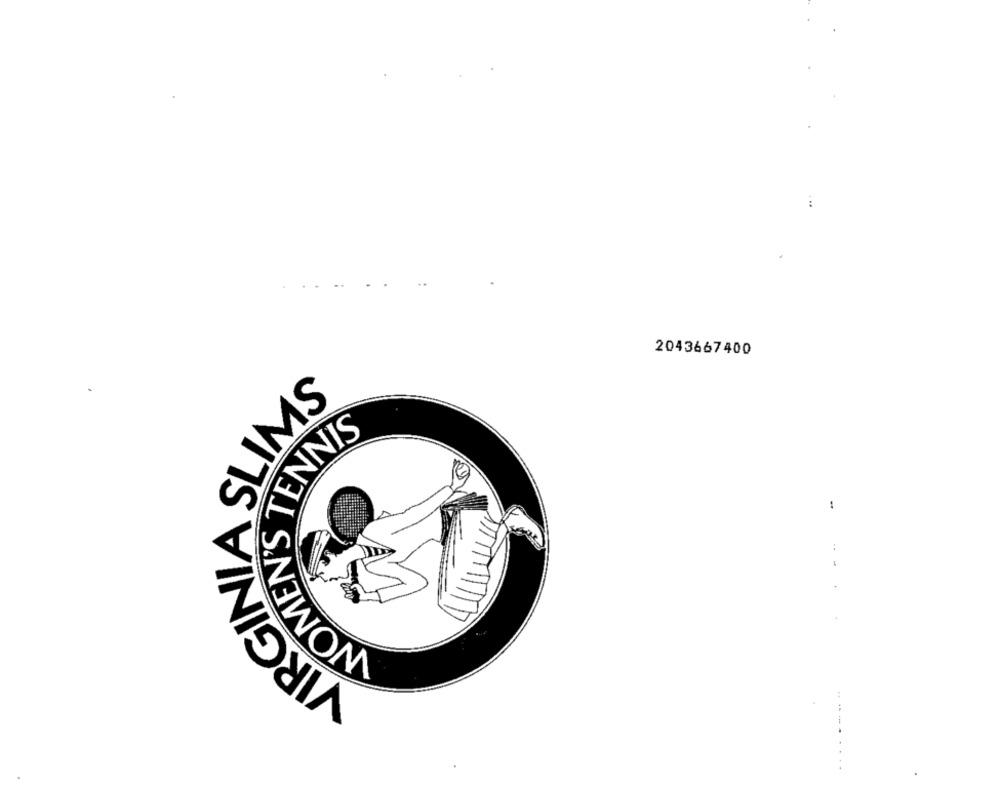
. ..
2043667400
SLIMS
WOMEN'S TENNIS
-
VIRGIN